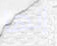
إنها